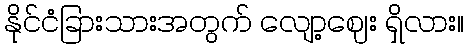
နိုင်ငံခြားသားအတွက် လျော့ဈေး ရှိလား။